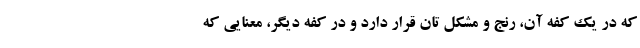
که در یک کفه آن، رنج و مشکل تان قرار دارد و در کفه دیگر، معنایی که